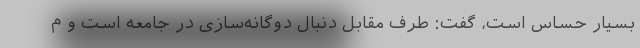
بسیار حساس است، گفت: طرف مقابل دنبال دوگانه‌سازی در جامعه است و م